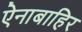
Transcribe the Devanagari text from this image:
ऐनाबाहिर